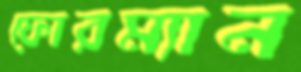
ফোরম্যান